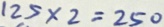
1 2 5 \times 2 = 2 5 0